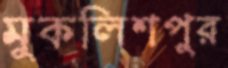
মুকলিশপুর